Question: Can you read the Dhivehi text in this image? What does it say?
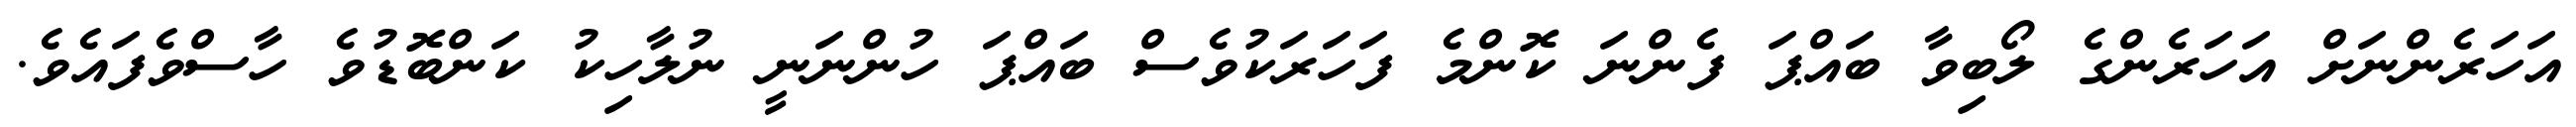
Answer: އަހަރެންނަށް އަހަރެންގެ ލޯބިވާ ބައްޕަ ފެންނަ ކޮންމެ ފަހަރަކުވެސް ބައްޕަ ހުންނަނީ ނުލާހިކު ކަންބޮޑުވެ ހާސްވެފައެވެ.